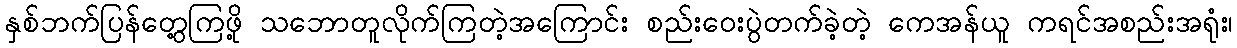
နှစ်ဘက်ပြန်တွေ့ကြဖို့ သဘောတူလိုက်ကြတဲ့အကြောင်း စည်းဝေးပွဲတက်ခဲ့တဲ့ ကေအန်ယူ ကရင်အစည်းအရုံး၊